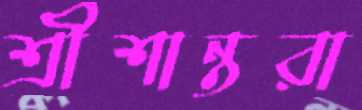
শ্রীশান্তরা